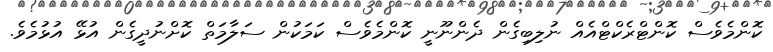
ކޮންމެވެސް ކޮންޓްރެކްޓްއެއް ނުލިބިގެން ދެންނޫނީ ކޮންމެވެސް ކަމަކުން ސަލާމަތް ކޮށްނުދީގެން އުޅޭ އުޅުމެވެ.